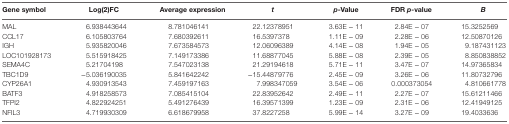
| Gene symbol | Log(2)FC | Average expression | t | p-Value | FDR p-value | B |
 | --- | --- | --- | --- | --- | --- | --- |
 | MAL | 6.938443644 | 8.781046141 | 22.12378951 | 3.63E − 11 | 2.84E − 07 | 15.3252569 |
 | CCL17 | 6.105803764 | 7.680392611 | 16.5397378 | 1.11E − 09 | 2.28E − 06 | 12.50870126 |
 | IGH | 5.935820046 | 7.673584573 | 12.06096389 | 4.14E − 08 | 1.94E − 05 | 9.187431123 |
 | LOC101928173 | 5.515918425 | 7.149173386 | 11.68877045 | 5.88E − 08 | 2.39E − 05 | 8.850838852 |
 | SEMA4C | 5.21704198 | 7.547023138 | 21.29194618 | 5.71E − 11 | 3.47E − 07 | 14.97365834 |
 | TBC1D9 | −5.036190035 | 5.841642242 | −15.44879776 | 2.45E − 09 | 3.26E − 06 | 11.80732796 |
 | CYP26A1 | 4.930913543 | 7.459197163 | 7.998347059 | 3.54E − 06 | 0.000373054 | 4.810661778 |
 | BATF3 | 4.918258573 | 7.085415104 | 22.83952642 | 2.49E − 11 | 2.27E − 07 | 15.61211466 |
 | TFPI2 | 4.822924251 | 5.491276439 | 16.39571399 | 1.23E − 09 | 2.31E − 06 | 12.41949125 |
 | NFIL3 | 4.719930309 | 6.618679958 | 37.8227258 | 5.99E − 14 | 3.27E − 09 | 19.4033636 |